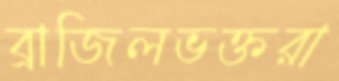
ব্রাজিলভক্তরা